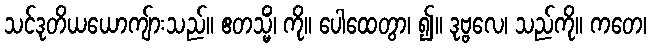
သင်ဒုတိယယောကျ်ားသည်။ ဧတသ္မိံ၊ ကို။ ပေါထေတွာ၊ ၍။ ဒုဗ္ဗလေ၊ သည်ကို။ ကတေ၊